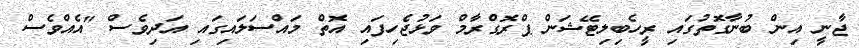
ޖާނީ އިން ބުނާގޮތުގައި ރީހެބިލިޓޭޝަން ޕްރޮގްރާމް ވަޅުޖެހިފައި އޮތް މައްސަލައިގައި އަދިވެސް "އެއްވެސް